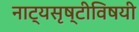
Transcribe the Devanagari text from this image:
नाट्यसृष्टीविषयी